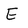
Character: E